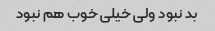
بد نبود ولی خیلی خوب هم نبود